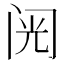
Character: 𲈺